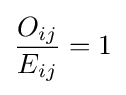
{\frac {O_{ij}}{E_{ij}}}=1